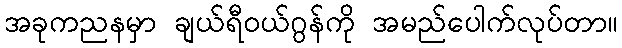
အခုကညနမှာ ချယ်ရီဝယ်ဂွန်ကို အမည်ပေါက်လုပ်တာ။